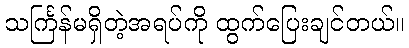
သင်္ကြန်မရှိတဲ့အရပ်ကို ထွက်ပြေးချင်တယ်။